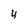
Character: 4